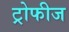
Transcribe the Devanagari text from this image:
ट्रोफीज